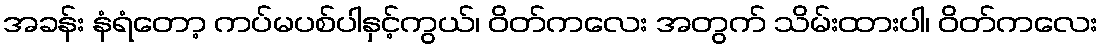
အခန်း နံရံတော့ ကပ်မပစ်ပါနှင့်ကွယ်၊ ဝိတ်ကလေး အတွက် သိမ်းထားပါ၊ ဝိတ်ကလေး